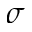
\sigma